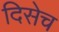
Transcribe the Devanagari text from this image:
दिसेच